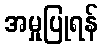
အမှုပြုရန်